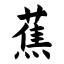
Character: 蕉